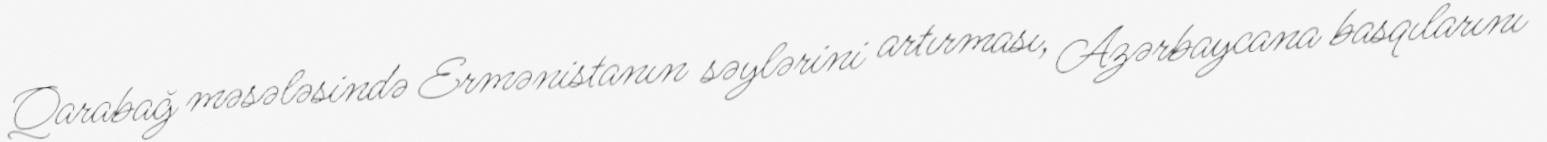
Qarabağ məsələsində Ermənistanın səylərini artırması, Azərbaycana basqılarını